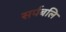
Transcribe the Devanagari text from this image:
सर्पबलि